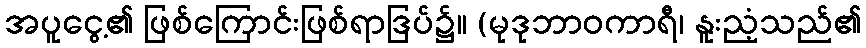
အပူငွေ့၏ ဖြစ်ကြောင်းဖြစ်ရာဒြပ်၌။ (မုဒုဘာဝကာရီ၊ နူးညံ့သည်၏